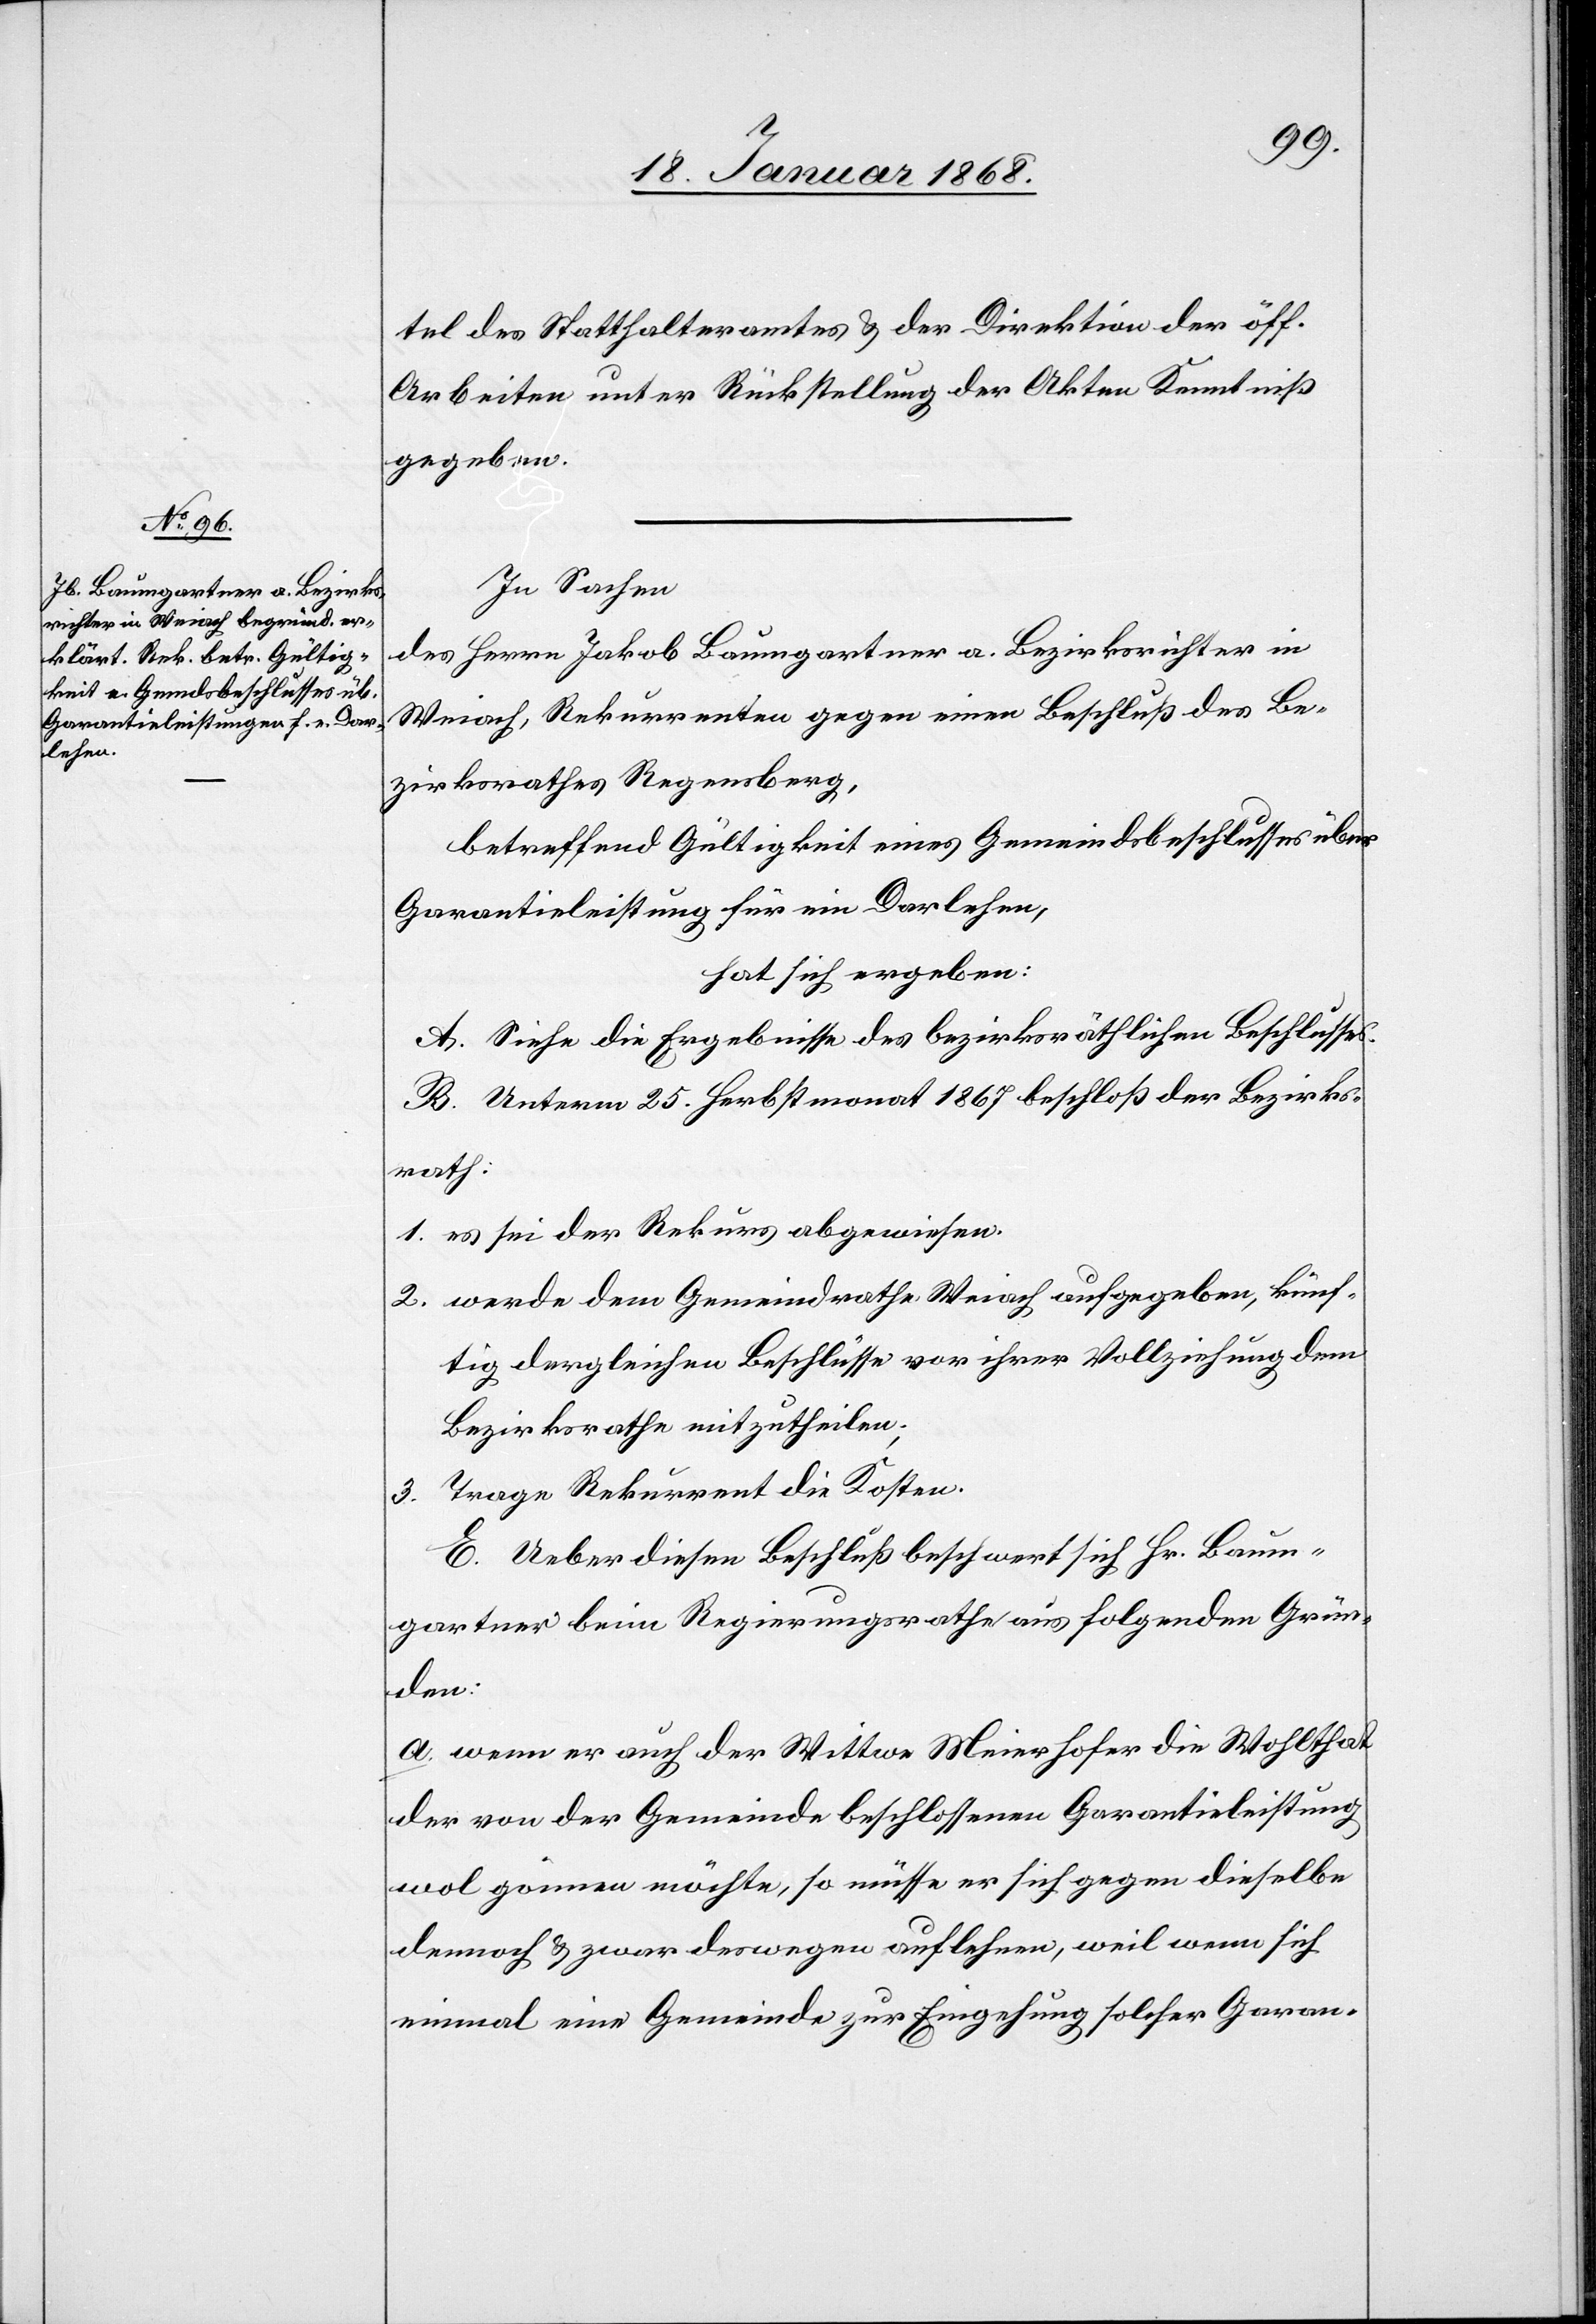
tel des Statthalteramtes & der Direktion der öff.
Arbeiten unter Rückstellung der Akten Kenntniß
gegeben.
In Sachen
des Herrn Jakob Baumgartner a. Bezirksrichter in
Weiach, Rekurrenten gegen einen Beschluß des Be¬
zirksrathes Regensberg,
betreffend Gültigkeit eines Gemeindsbeschlusses über
Garantieleistung für ein Darlehen,
hat sich ergeben:
A. Siehe die Ergebnisse des bezirksräthlichen Beschlusses.
B. Unterm 25. Herbstmonat 1867 beschloß der Bezirks¬
rath:
es sei der Rekurs abgewiesen.
werde dem Gemeindrathe Weiach aufgegeben, künf¬
tig dergleichen Beschlüsse vor ihrer Vollziehung dem
Bezirksrathe mitzutheilen;
Trage Rekurrent die Kosten.
C.] Ueber diesen Beschluß beschwert sich Hr. Baum¬
gartner beim Regierungsrathe aus folgenden Grün¬
den:
a. wenn er auch der Wittwe Meierhofer die Wohlthat
der von der Gemeinde beschlossenen Garantieleistung
wol gönnen möchte, so müsse er sich gegen dieselbe
dennoch & zwar deswegen auflehnen, weil wenn sich
einmal eine Gemeinde zur Eingehung solcher Garan-